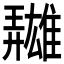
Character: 𩀳